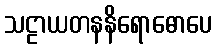
သဠာယတနနိရောဓောပေ